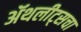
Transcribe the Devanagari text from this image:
ॲथलीट्सचा